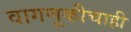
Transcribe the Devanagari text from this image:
वागणूकीचाही